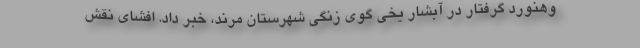
وهنورد گرفتار در آبشار یخی گوی زنگی شهرستان مرند، خبر داد. افشای نقش